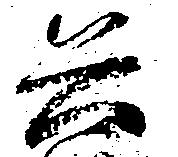
兵